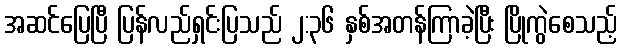
အဆင်ပြေပြီ ပြန်လည်ရှင်းပြသည် ၂:၃၆ နှစ်အတန်ကြာခဲ့ပြီး ပြိုကွဲစေသည့်